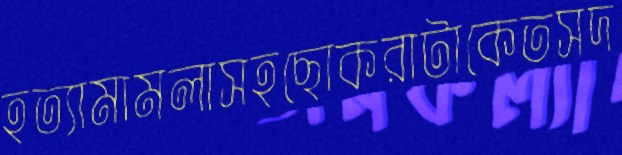
হত্যামামলাসহছোকরাটাকেতসদ